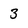
Character: 3